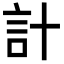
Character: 計